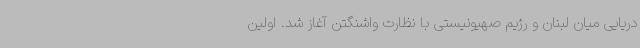
دریایی میان لبنان و رژیم صهیونیستی با نظارت واشنگتن آغاز شد. اولین